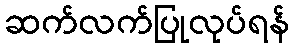
ဆက်လက်ပြုလုပ်ရန်